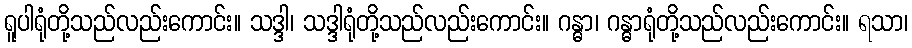
ရူပါရုံတို့သည်လည်းကောင်း။ သဒ္ဒါ၊ သဒ္ဒါရုံတို့သည်လည်းကောင်း။ ဂန္ဓာ၊ ဂန္ဓာရုံတို့သည်လည်းကောင်း။ ရသာ၊